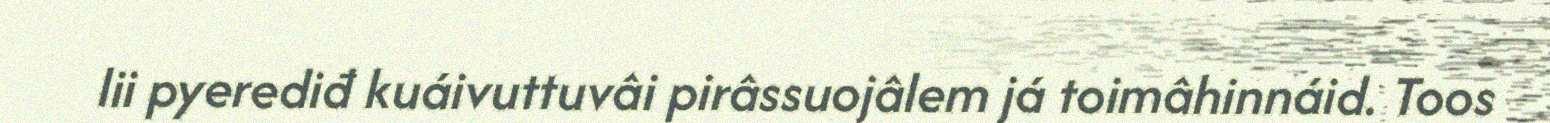
lii pyerediđ kuáivuttuvâi pirâssuojâlem já toimâhinnáid. Toos